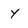
Character: y